Report on vaccination North-West Frontier Province 1904-1922 - 1904-1922
Year: 1904
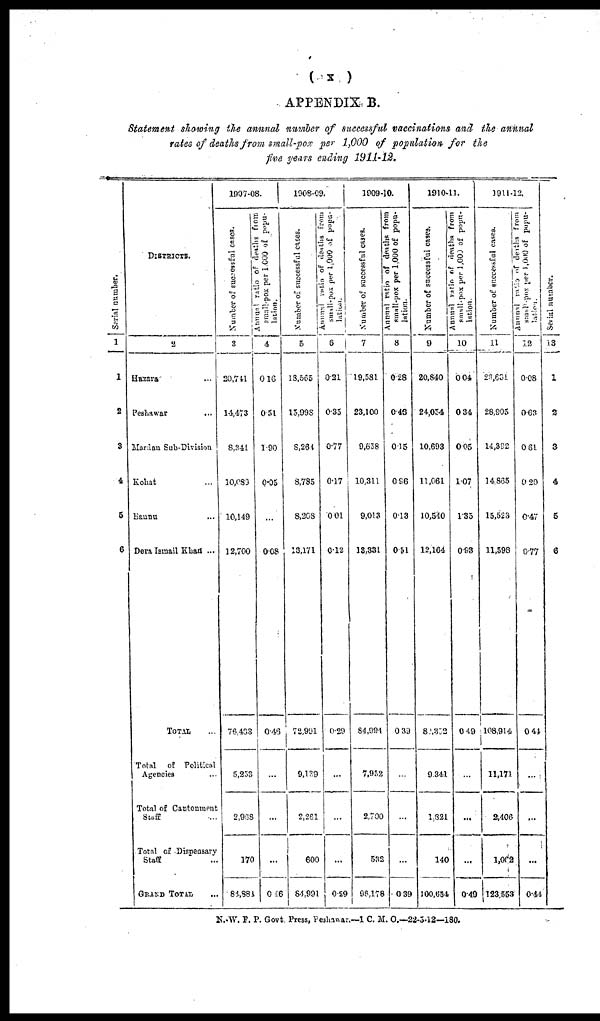
( x )
APPENDIX B.
Statement showing the annual number of successful vaccinations and the annual
rates of deaths from small-pox per 1,000 of population for the
five years ending 1911-12.
Serial number.
1
1
2
3
4
5
6
DISTRICTS.
2
Hazara ...
Peshawar ...
Mardan Sub-Division
Kohat ...
Bannu ...
Dera Ismail Khan ...
TOTAL ...
Total of Political
Agencies ...
Total of Cantonment
Staff ...
Total of Dispensary
Staff ...
GRAND TOTAL ...
1907-08.
Number of successful cases.
3
20,741
14,473
8,341
10,089
10,149
12,700
76,433
5,253
2,968
170
84,884
Annual ratio of deaths from
small-pox
per 1,000 of popu-
lation.
4
0.16
0.51
1.90
0.05
...
0.08
0.43
...
...
...
0.46
1908-09.
Number of successful cases.
5
18,565
15,998
8,264
8,785
8,208
13,171
72,991
9,139
2,261
600
84,991
Annual ratio of deaths from
small-pox per 1,000 of popu-
lation.
6
0.21
0.35
0.77
0.17
0.01
0.12
0.29
...
...
...
0.29
1909-10.
Number of successful cases.
7
19,581
23,100
9,658
10,311
9,013
13,331
84,994
7,952
2,700
532
96,178
Annual
ratio
of deaths from
small-pox per 1,000 of popu-
lation.
8
0.28
0.46
0.15
096
0.13
0.51
0.39
...
...
...
0.39
1910-11.
Number of successful cases.
9
20,840
24,054
10,693
11,061
10,540
12,164
80,352
9,341
1,821
140
100,654
Annual ratio of deaths from
small-pox per 1,000 of popu¬
lation.
10
0.04
0.34
0.05
1.07
1.35
0.93
0.49
...
...
...
0.49
1911-12.
Number of successful cases.
11
23,681
28,905
14,392
14 865
15,523
11,598
108,914
11,171
2,406
1,062
123,553
Annual ratio of deaths from
small-pox per 1,000 of popu¬
lation.
12
0.08
0.63
0.61
0.20
0.47
0.77
0.44
...
...
...
0.44
Serial number.
13
1
2
3
4
5
6
N.-W. F. P. Govt. Press, Peshawar.—1 C. M. O.—22-5-12—180.